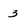
Character: 3